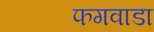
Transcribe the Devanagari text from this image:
फगवाडा